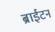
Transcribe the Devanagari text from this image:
ब्राईटन